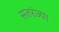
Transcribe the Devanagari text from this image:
सतरंज्या